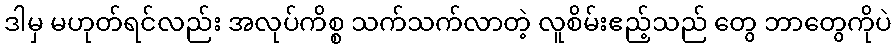
ဒါမှ မဟုတ်ရင်လည်း အလုပ်ကိစ္စ သက်သက်လာတဲ့ လူစိမ်းဧည့်သည် တွေ ဘာတွေကိုပဲ